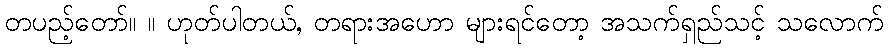
တပည့်တော်။ ။ ဟုတ်ပါတယ်, တရားအဟော များရင်တော့ အသက်ရှည်သင့် သလောက်